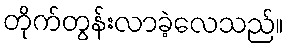
တိုက်တွန်းလာခဲ့လေသည်။